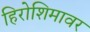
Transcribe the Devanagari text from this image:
हिरोशिमावर